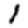
Digit: 1